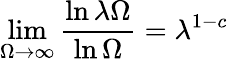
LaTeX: \operatorname*{lim}_{\Omega\to\infty}\frac{\ln\lambda\Omega}{\ln\Omega}=\lambda^{1-c}